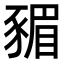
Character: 𮙣